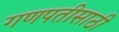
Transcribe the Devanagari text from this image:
गणपतीसाठी